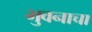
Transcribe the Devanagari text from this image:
भुवनाचा